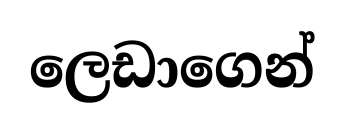
ලෙඩාගෙන්